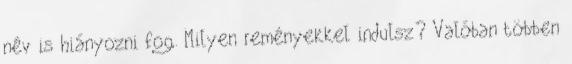
név is hiányozni fog. Milyen reményekkel indulsz? Valóban többen